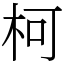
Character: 柯